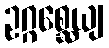
ဥဂ္ဂစ္ဆေယျ